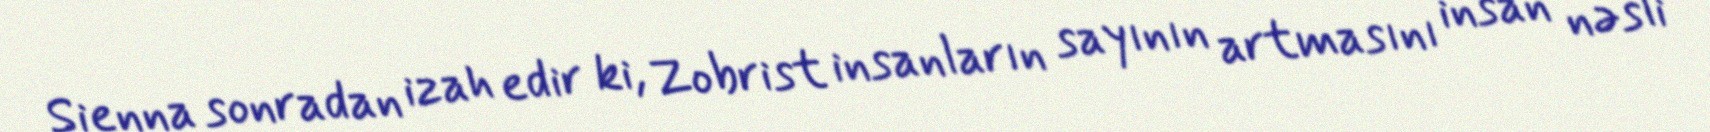
Sienna sonradan izah edir ki, Zobrist insanların sayının artmasını insan nəsli